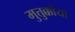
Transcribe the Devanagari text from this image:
मुत्तुक्कोया